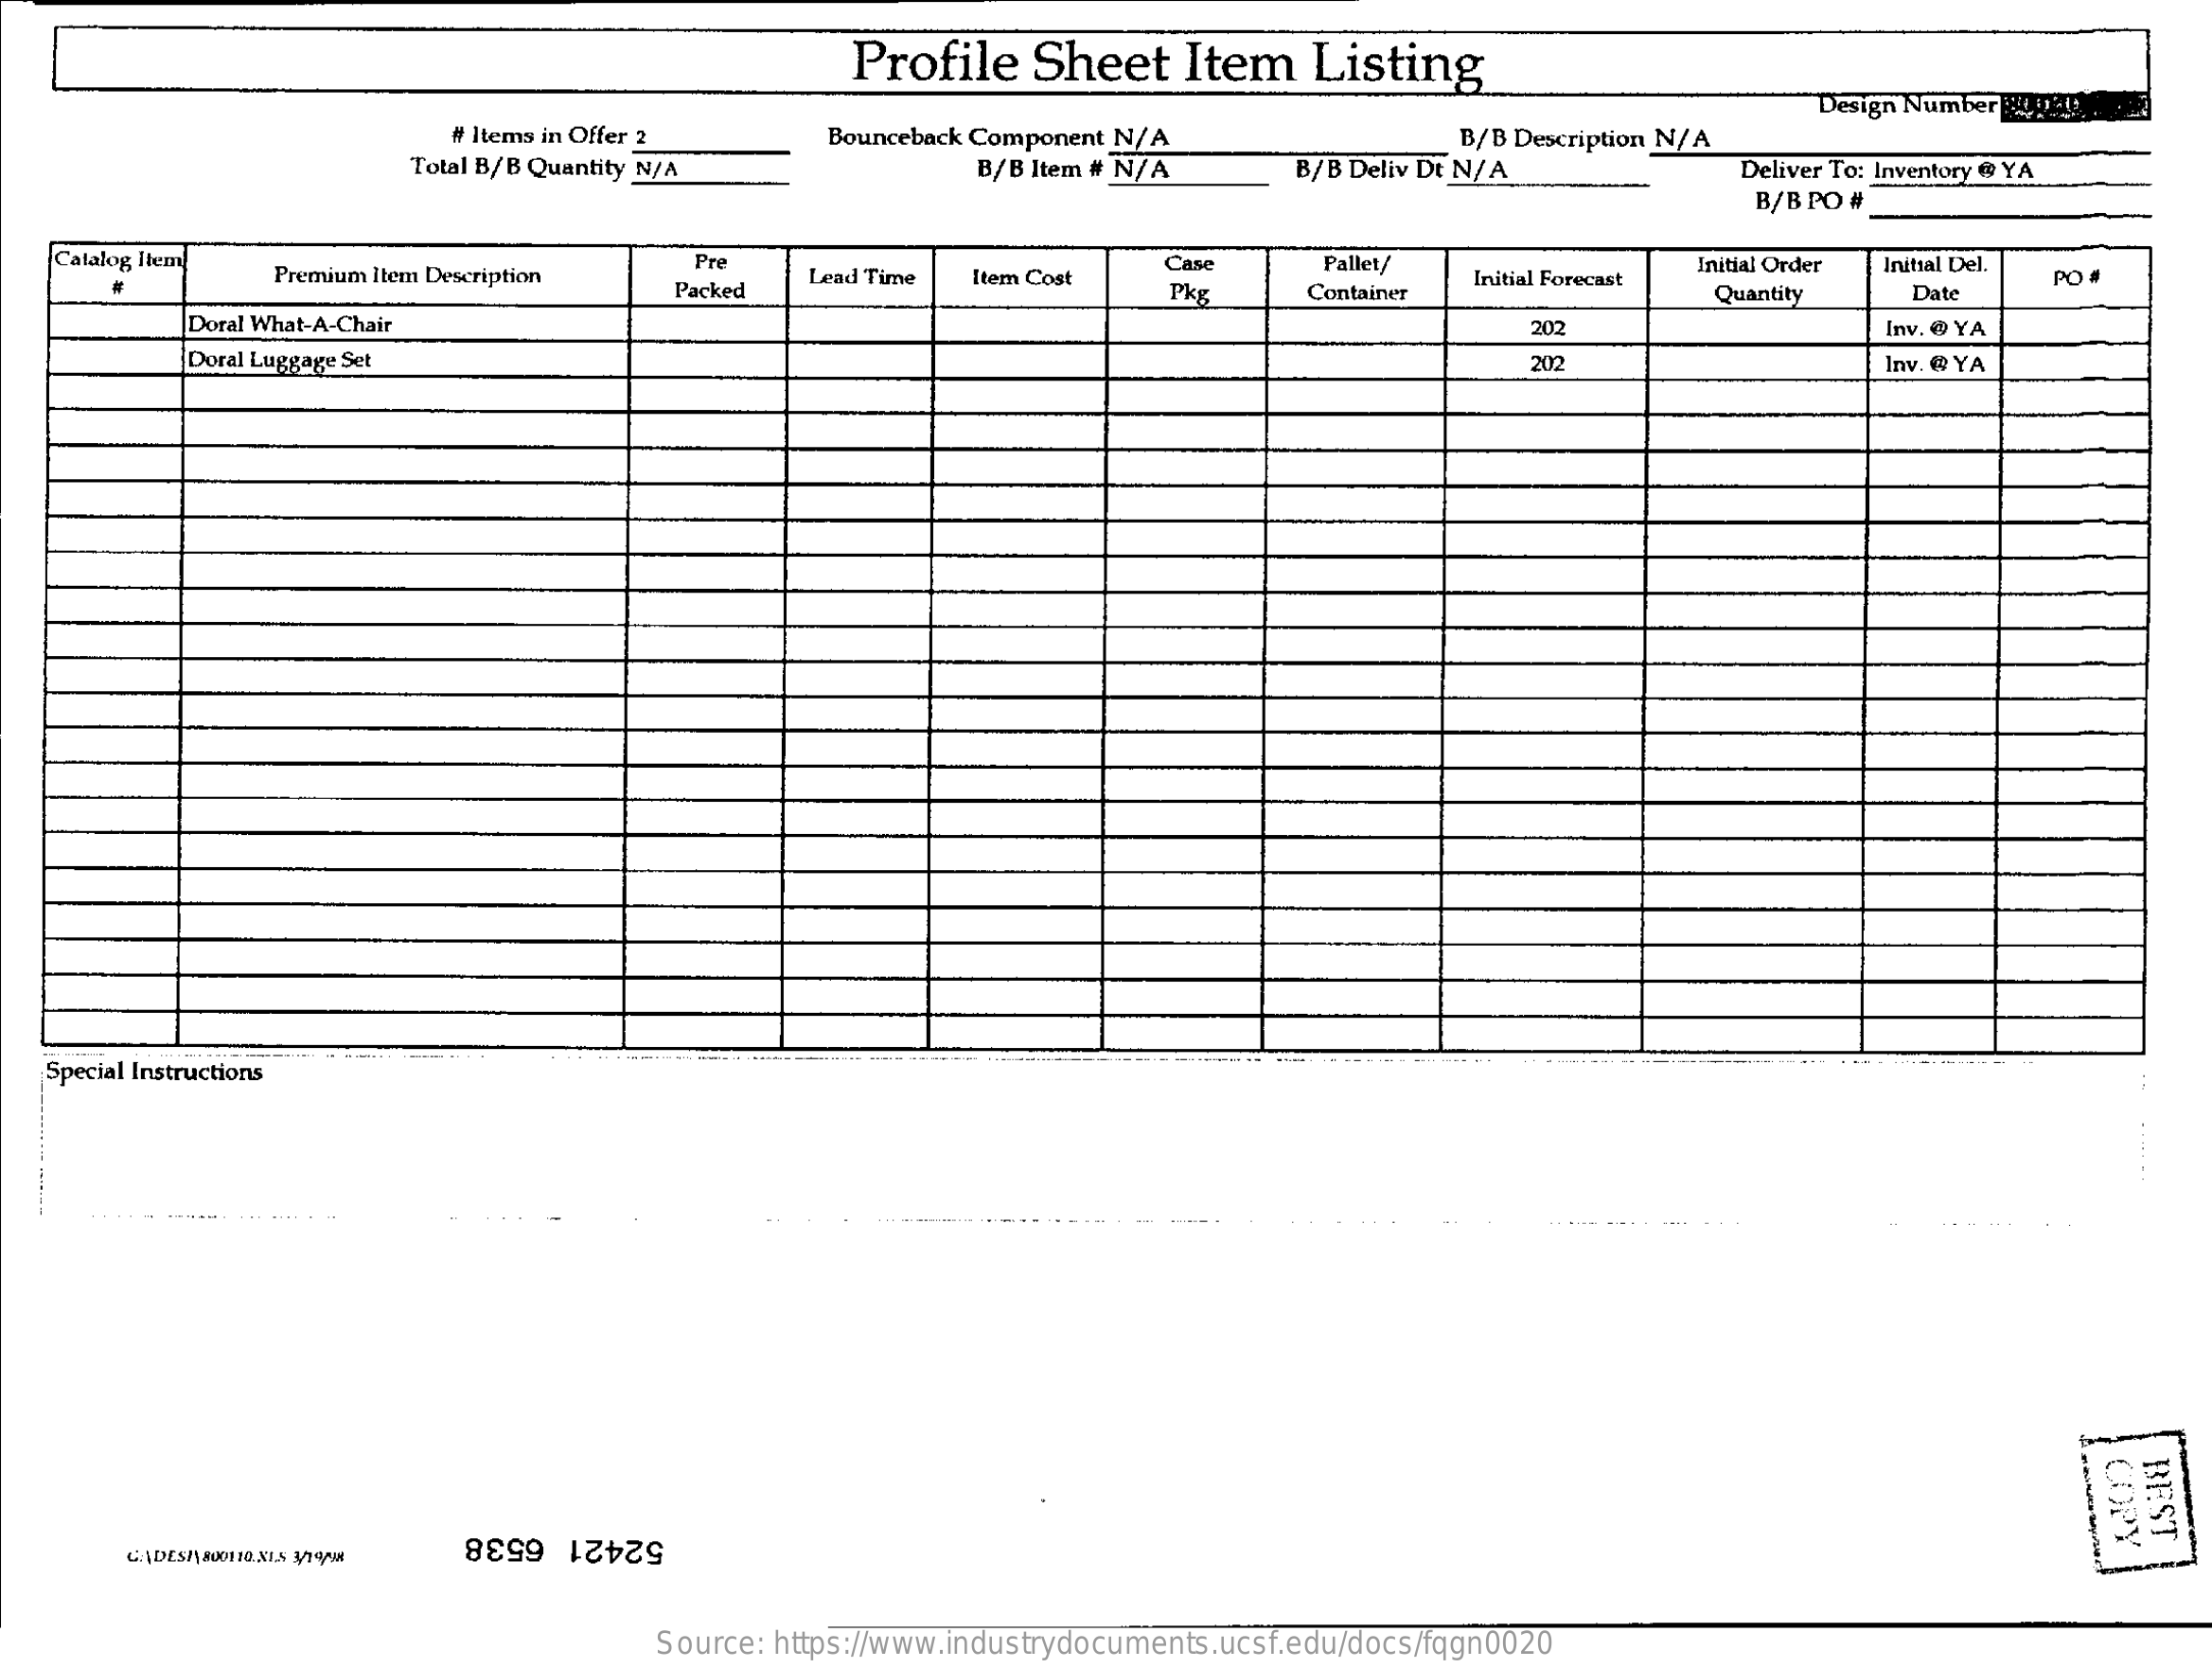
Profile    Sheet    Item    Listing
     Design Number phe,
     # Items in Offer 2    B/B Description N/A
     Total B/B Quantity N/A
     Bounceback Component N/A
     B/B Item # N/A    B/B Deliv Dt N/A    Deliver To: Inventory @ YA
     B/B PO #
    Catalog Item
     Premium Item Description
     Pre
     Lead Time  Item Cost
     Case    Pallet/
     Packed    Pkg    Container
     Initial Forecast
     Initial Order Initial Del.
     Quantity    Date
     PO
     Doral What-A-Chair    202    Inv. @ YA
     Doral Luggage Set    202    Inv. @ YA
   Special Instructions
     COPY BEST
     52421 6538
     Source: https://www.industrydocuments.ucsf.edu/docs/fqgn0020